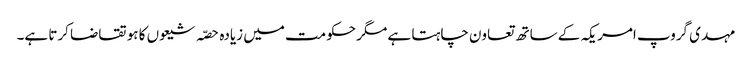
مہدی گروپ امریکہ کے ساتھ تعاون چاہتا ہے مگر حکومت میں زیادہ حصّہ شیعوں کا ہو تقاضا کرتا ہے۔